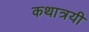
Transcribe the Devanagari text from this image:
कथात्रयी